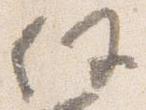
任